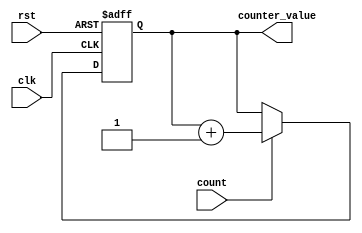
module RCB_FRL_count_to_16x(
		input	clk, 
		input	rst, 
		input	count, 
		output [3:0]	counter_value
	);

//This module counts from 0 to 16

//input clk, rst, count;
//output [3:0] counter_value;

reg [3:0] counter_value_preserver;

//assign counter_value = (count) ? counter_value_preserver + 1 : counter_value_preserver;
assign counter_value = counter_value_preserver;

always@(posedge clk or posedge rst) begin
	if(rst == 1'b1) begin
		counter_value_preserver = 4'h0;
	end else if ( count == 1'b1 ) begin
		counter_value_preserver = counter_value_preserver + 1;
	end else begin
		counter_value_preserver = counter_value;
	end
end

endmodule